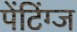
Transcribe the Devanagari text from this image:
पेंटिंग्ज